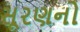
સૂરણનો